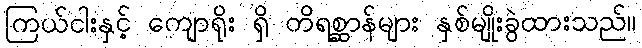
ကြယ်ငါးနှင့် ကျောရိုး ရှိ တိရစ္ဆာန်များ နှစ်မျိုးခွဲထားသည်။